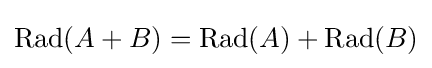
\operatorname {Rad} (A+B)=\operatorname {Rad} (A)+\operatorname {Rad} (B)